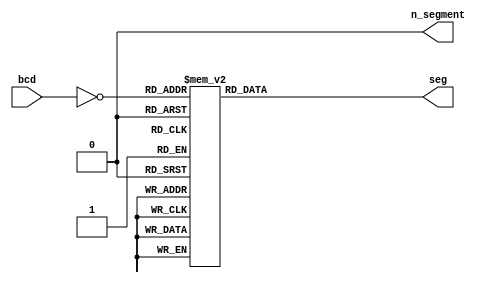
//Read array from LSB to MSB... Rightmost to leftmost bit
module seven_segment_display (output reg [6:0]seg, output wire n_segment, input wire [3:0]bcd);

	assign n_segment = 0;
	wire [3:0] neg_bcd;
	//Sw is pullup high, therefore negate it
	assign neg_bcd = ~bcd;
	//Seven segment display is pulled up. Therefore this also needs to be negated
	always @(bcd, neg_bcd) begin
		case (neg_bcd)
		
			0 : seg = ~7'b1111110;
			1 : seg = ~7'b0000110;
			2 : seg = ~7'b1101101;
			3 : seg = ~7'b1111001;
			4 : seg = ~7'b0110011;
			5 : seg = ~7'b1011011;
			6 : seg = ~7'b1011111;
			7 : seg = ~7'b1110000;
			8 : seg = ~7'b1111111;
			9 : seg = ~7'b1110011;
			default : seg = ~7'b0000000;
		endcase
	end
	
endmodule